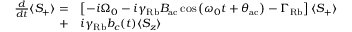
\begin{array} { r l } { \frac { d } { d t } \langle S _ { + } \rangle = } & { \left[ - i \Omega _ { 0 } - i \gamma _ { \mathrm { R b } } B _ { \mathrm { a c } } \cos \left( { \omega _ { 0 } t + \theta _ { \mathrm { a c } } } \right) - \Gamma _ { \mathrm { R b } } \right] \langle S _ { + } \rangle } \\ { + } & { i \gamma _ { \mathrm { R b } } b _ { c } ( t ) \langle S _ { z } \rangle } \end{array}